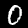
Digit: 0